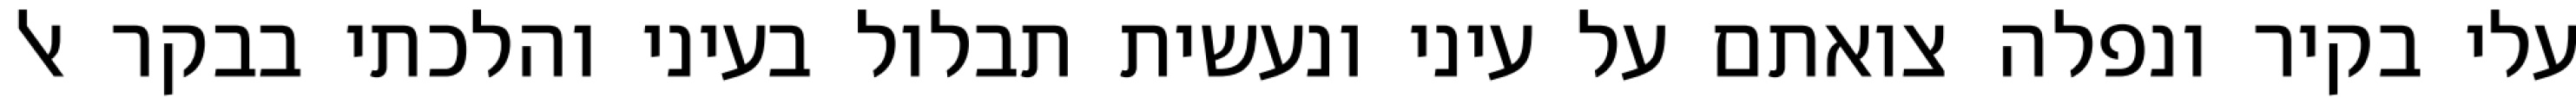
עלי בקיר‏ ונפלה צואתם על עיני ונעשית תבלול בעיני והלכתי בבקר אל